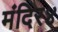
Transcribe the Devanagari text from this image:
मंदिर४